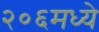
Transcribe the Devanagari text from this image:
२०६मध्ये